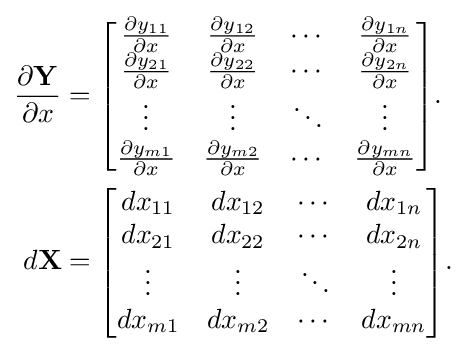
{\begin{aligned}{\frac {\partial \mathbf {Y} }{\partial x}}&={\begin{bmatrix}{\frac {\partial y_{11}}{\partial x}}&{\frac {\partial y_{12}}{\partial x}}&\cdots &{\frac {\partial y_{1n}}{\partial x}}\\{\frac {\partial y_{21}}{\partial x}}&{\frac {\partial y_{22}}{\partial x}}&\cdots &{\frac {\partial y_{2n}}{\partial x}}\\\vdots &\vdots &\ddots &\vdots \\{\frac {\partial y_{m1}}{\partial x}}&{\frac {\partial y_{m2}}{\partial x}}&\cdots &{\frac {\partial y_{mn}}{\partial x}}\\\end{bmatrix}}.\\d\mathbf {X} &={\begin{bmatrix}dx_{11}&dx_{12}&\cdots &dx_{1n}\\dx_{21}&dx_{22}&\cdots &dx_{2n}\\\vdots &\vdots &\ddots &\vdots \\dx_{m1}&dx_{m2}&\cdots &dx_{mn}\\\end{bmatrix}}.\end{aligned}}